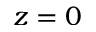
z = 0